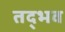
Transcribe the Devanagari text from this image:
तद्‍भव